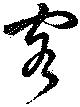
客